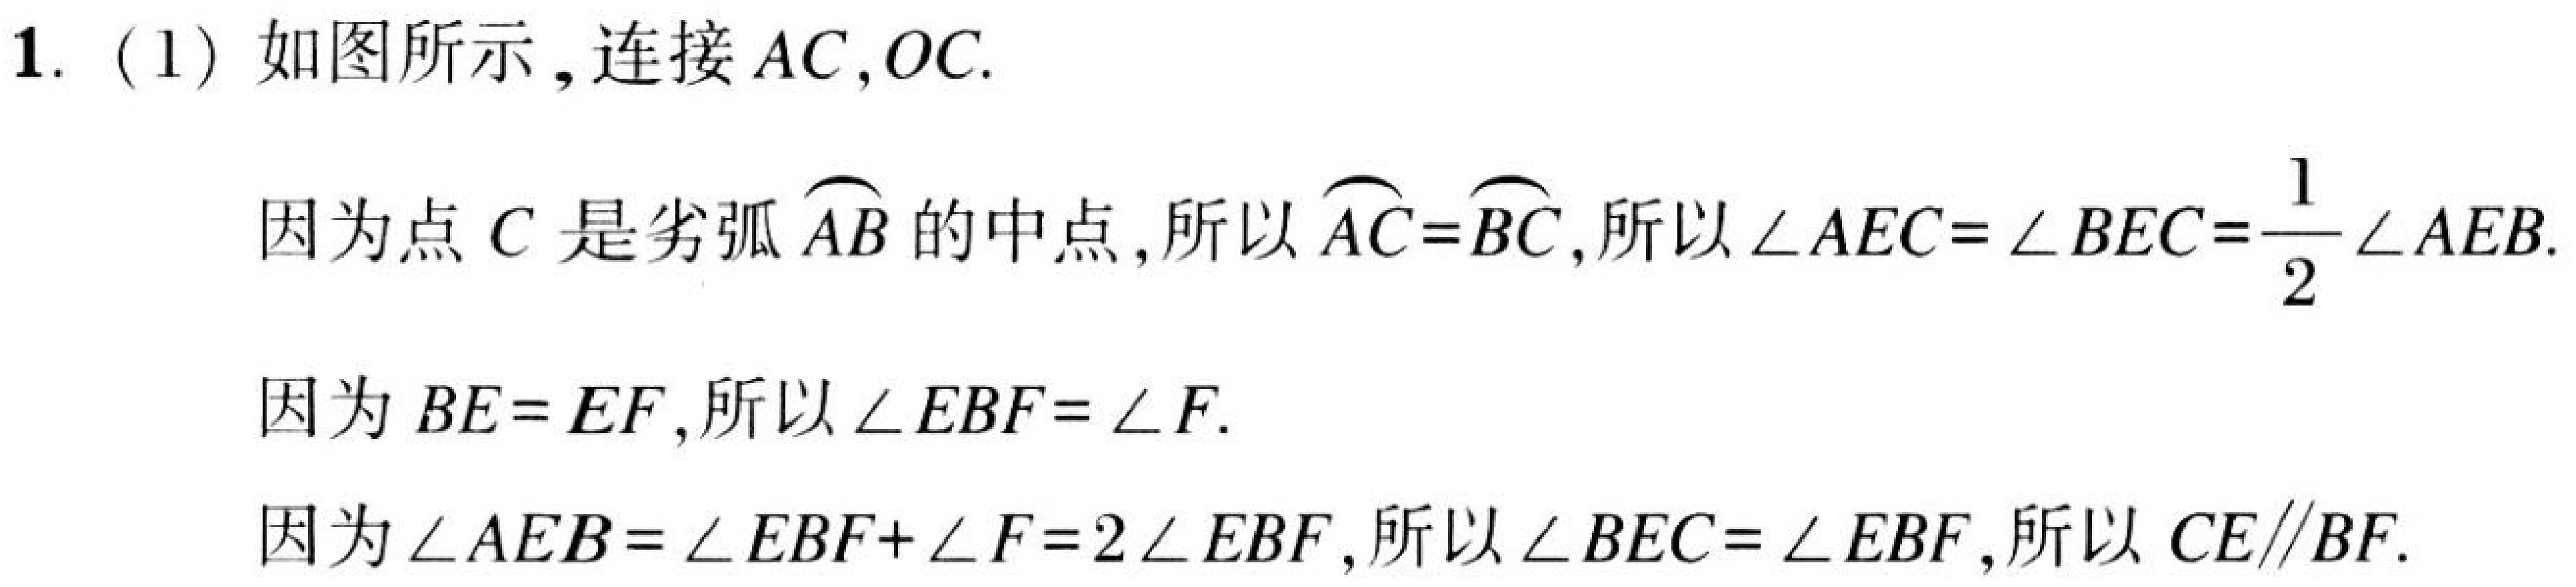
1.（1）如图所示，连接\(AC,OC\).
因为点\(C\)是劣弧\(\overset{\frown}{AB}\)的中点，所以\(\overset{\frown}{AC}=\overset{\frown}{BC}\)，所以\(\angle AEC = \angle BEC=\dfrac{1}{2}\angle AEB\).
因为\(BE = EF\)，所以\(\angle EBF = \angle F\).
因为\(\angle AEB=\angle EBF + \angle F = 2\angle EBF\)，所以\(\angle BEC=\angle EBF\)，所以\(CE\parallel BF\).